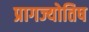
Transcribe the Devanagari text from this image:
प्रागज्योतिष